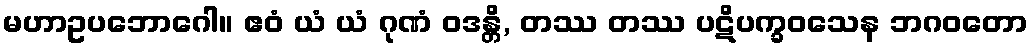
မဟာဥပဘောဂေါ။ ဧဝံ ယံ ယံ ဂုဏံ ဝဒန္တိ, တဿ တဿ ပဋိပက္ခဝသေန ဘဂဝတော